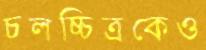
চলচ্চিত্রকেও